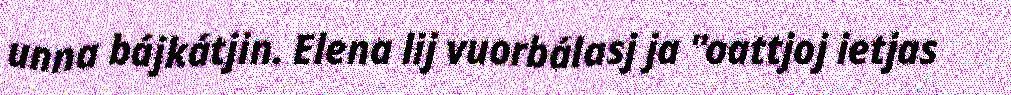
unna bájkátjin. Elena lij vuorbálasj ja "oattjoj ietjas